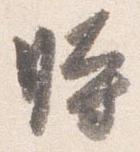
時